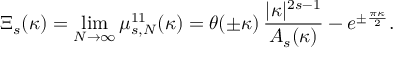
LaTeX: \Xi _ { s } ( \kappa ) = \operatorname * { l i m } _ { N \to \infty } \mu _ { s , N } ^ { 1 1 } ( \kappa ) = \theta ( \pm \kappa ) \, \frac { | \kappa | ^ { 2 s - 1 } } { A _ { s } ( \kappa ) } - e ^ { \pm \frac { \pi \kappa } { 2 } } .